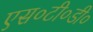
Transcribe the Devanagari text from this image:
एस०टी०डी०